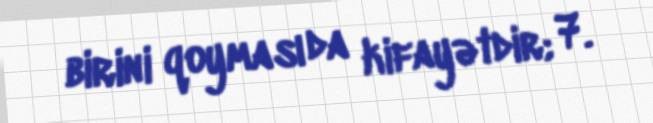
birini qoyması da kifayətdir; 7.